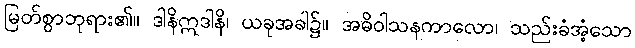
မြတ်စွာဘုရား၏။ ဒါနိဣဒါနိ၊ ယခုအခါ၌။ အဓိဝါသနကာလော၊ သည်းခံအံ့သော